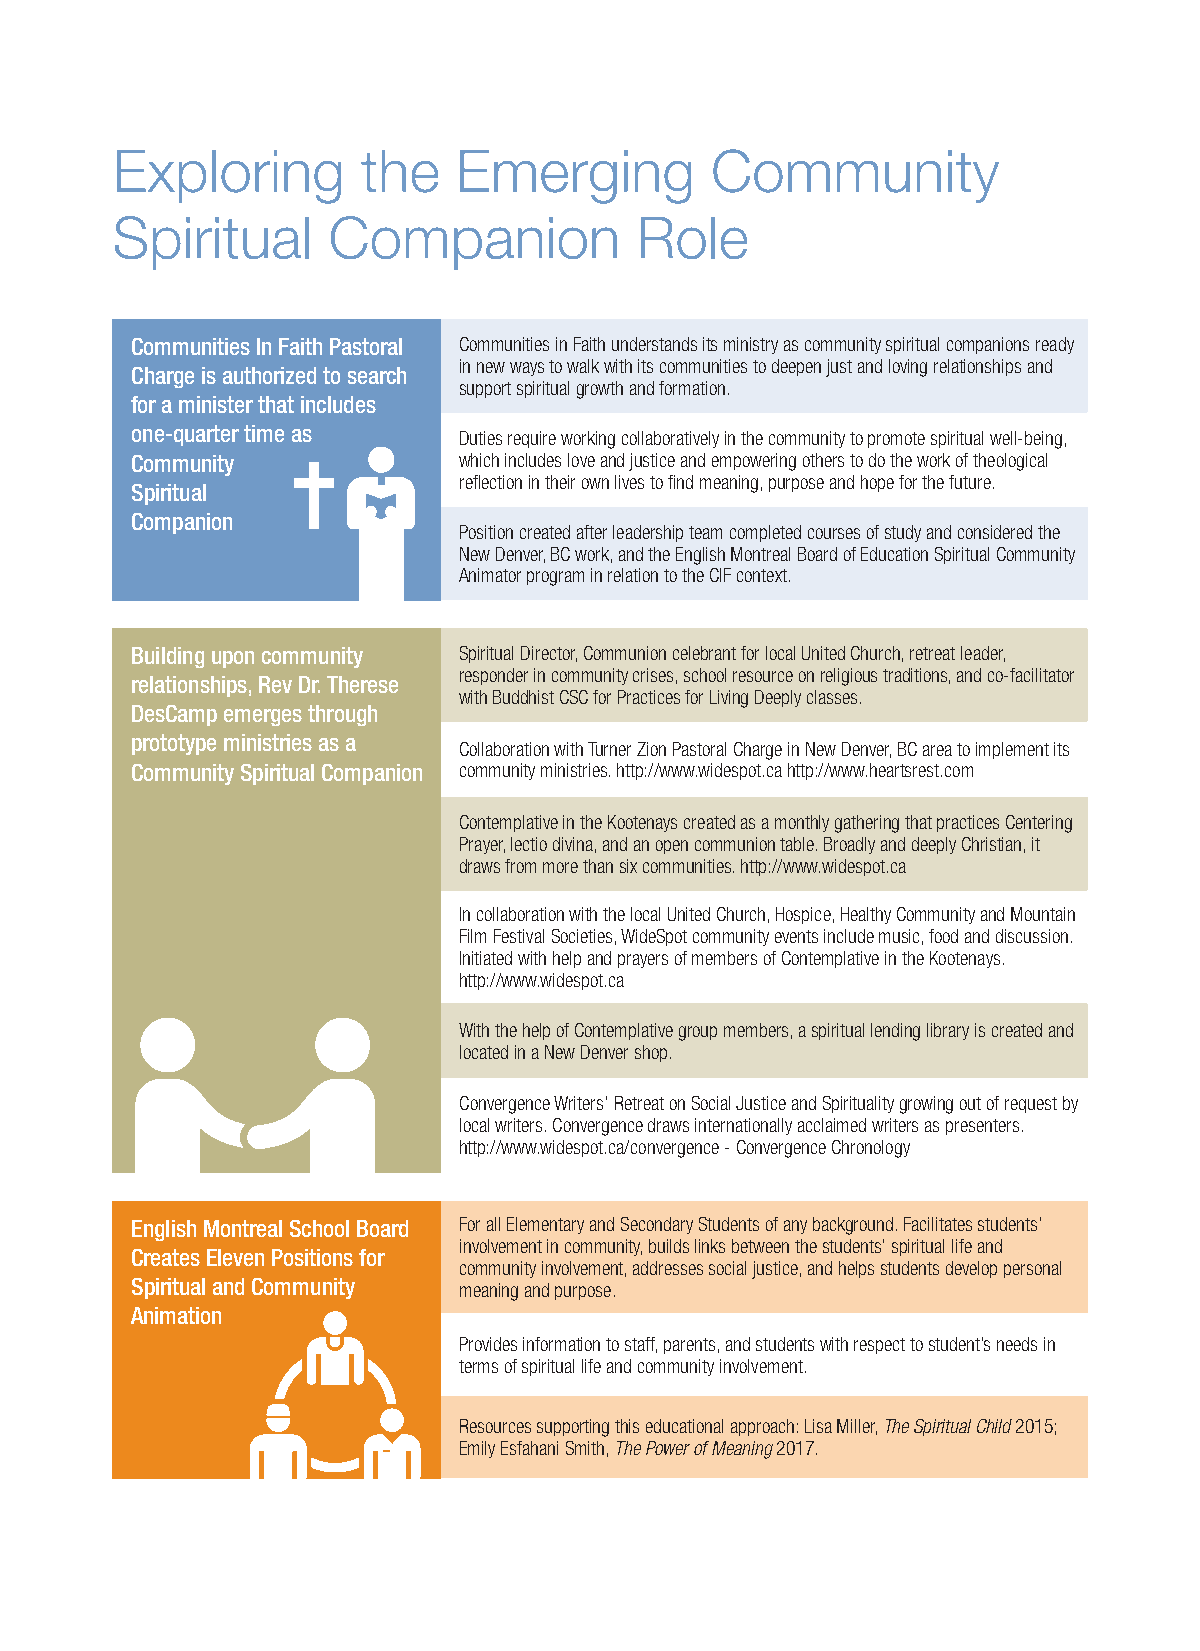
Exploring        the   Emerging         Community
 Spiritual      Companion           Role
 Communities In Faith Pastoral Communities in Faith understands its ministry as community spiritual companions ready
 in new ways to walk with its communities to deepen just and loving relationships and
 Charge is authorized to search
 support spiritual growth and formation.
 for a minister that includes
 one-quarter time as  Duties require working collaboratively in the community to promote spiritual well-being,
 Community            which includes love and justice and empowering others to do the work of theological
 reflection in their own lives to find meaning, purpose and hope for the future.
 Spiritual
 Companion
 Position created after leadership team completed courses of study and considered the
 New Denver, BC work, and the English Montreal Board of Education Spiritual Community
 Animator program in relation to the CIF context.
 Building upon community Spiritual Director, Communion celebrant for local United Church, retreat leader,
 responder in community crises, school resource on religious traditions, and co-facilitator
 relationships, Rev Dr. Therese
 with Buddhist CSC for Practices for Living Deeply classes.
 DesCamp emerges through
 prototype ministries as a
 Collaboration with Turner Zion Pastoral Charge in New Denver, BC area to implement its
 Community Spiritual Companion community ministries. http://www.widespot.ca http://www.heartsrest.com
 Contemplative in the Kootenays created as a monthly gathering that practices Centering
 Prayer, lectio divina, and an open communion table. Broadly and deeply Christian, it
 draws from more than six communities. http://www.widespot.ca
 In collaboration with the local United Church, Hospice, Healthy Community and Mountain
 Film Festival Societies, WideSpot community events include music, food and discussion.
 Initiated with help and prayers of members of Contemplative in the Kootenays.
 http://www.widespot.ca
 With the help of Contemplative group members, a spiritual lending library is created and
 located in a New Denver shop.
 Convergence Writers’ Retreat on Social Justice and Spirituality growing out of request by
 local writers. Convergence draws internationally acclaimed writers as presenters.
 http://www.widespot.ca/convergence - Convergence Chronology
 English Montreal School Board For all Elementary and Secondary Students of any background. Facilitates students’
 involvement in community, builds links between the students’ spiritual life and
 Creates Eleven Positions for
 community involvement, addresses social justice, and helps students develop personal
 Spiritual and Community meaning and purpose.
 Animation
 Provides information to staff, parents, and students with respect to student’s needs in
 terms of spiritual life and community involvement.
 Resources supporting this educational approach: Lisa Miller, The Spiritual Child 2015;
 Emily Esfahani Smith, The Power of Meaning 2017.